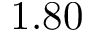
1 . 8 0